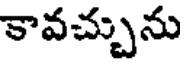
కావచ్చును